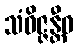
သံဝိဇ္ဇန္တီဓ